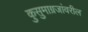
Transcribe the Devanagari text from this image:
कुसुमाग्रजांवरील